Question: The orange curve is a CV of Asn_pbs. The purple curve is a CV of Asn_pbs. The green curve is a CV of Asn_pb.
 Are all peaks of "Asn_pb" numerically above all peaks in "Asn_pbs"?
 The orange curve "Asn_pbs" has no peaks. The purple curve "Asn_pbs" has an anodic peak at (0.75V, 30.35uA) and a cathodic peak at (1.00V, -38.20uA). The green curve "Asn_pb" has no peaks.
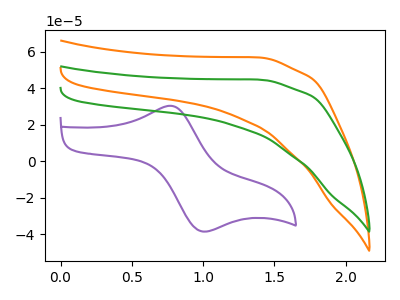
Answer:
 <answer>Niether CV has any peaks.</answer>
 <eval>blanks</eval>